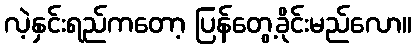
လဲ့နှင်းရည်ကတော့ ပြန်တွေ့ခိုင်းမည်လော။